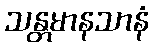
သန္တမာနသာနံ